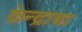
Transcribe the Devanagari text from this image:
केन्द्राचा